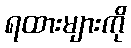
ရထားများကို